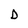
Character: D